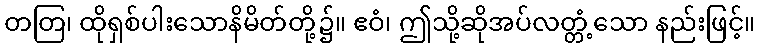
တတြ၊ ထိုရှစ်ပါးသောနိမိတ်တို့၌။ ဧဝံ၊ ဤသို့ဆိုအပ်လတ္တံ့သော နည်းဖြင့်။